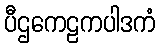
ပီဌကေဠကပါဒကံ